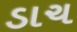
ડાચ